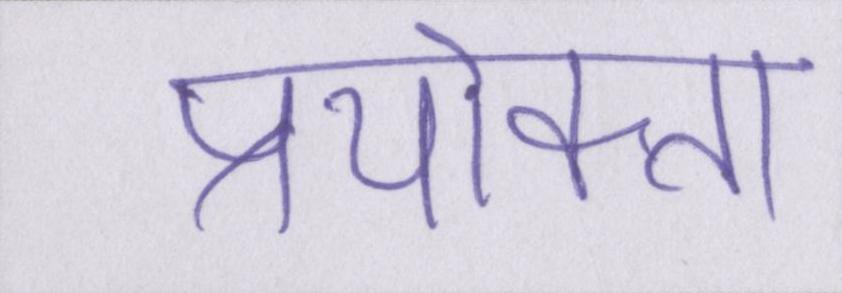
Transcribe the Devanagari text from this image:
प्रयोक्ता